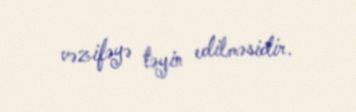
vəzifəyə təyin edilməsidir.